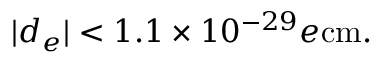
| d _ { e } | < 1 . 1 \times 1 0 ^ { - 2 9 } e \mathrm { c m } .